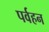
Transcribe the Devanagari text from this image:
पर्वहन